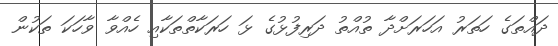
ދައްތަގެ ހަތަރު އަހަރަށްދާ ތުއްތު ދަރިފުޅުގެ ޅަ ހަރަކާތްތަކާއި ހެއްވާ ވާހަކަ ތަކުން